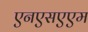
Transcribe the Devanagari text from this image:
एनएसएएम